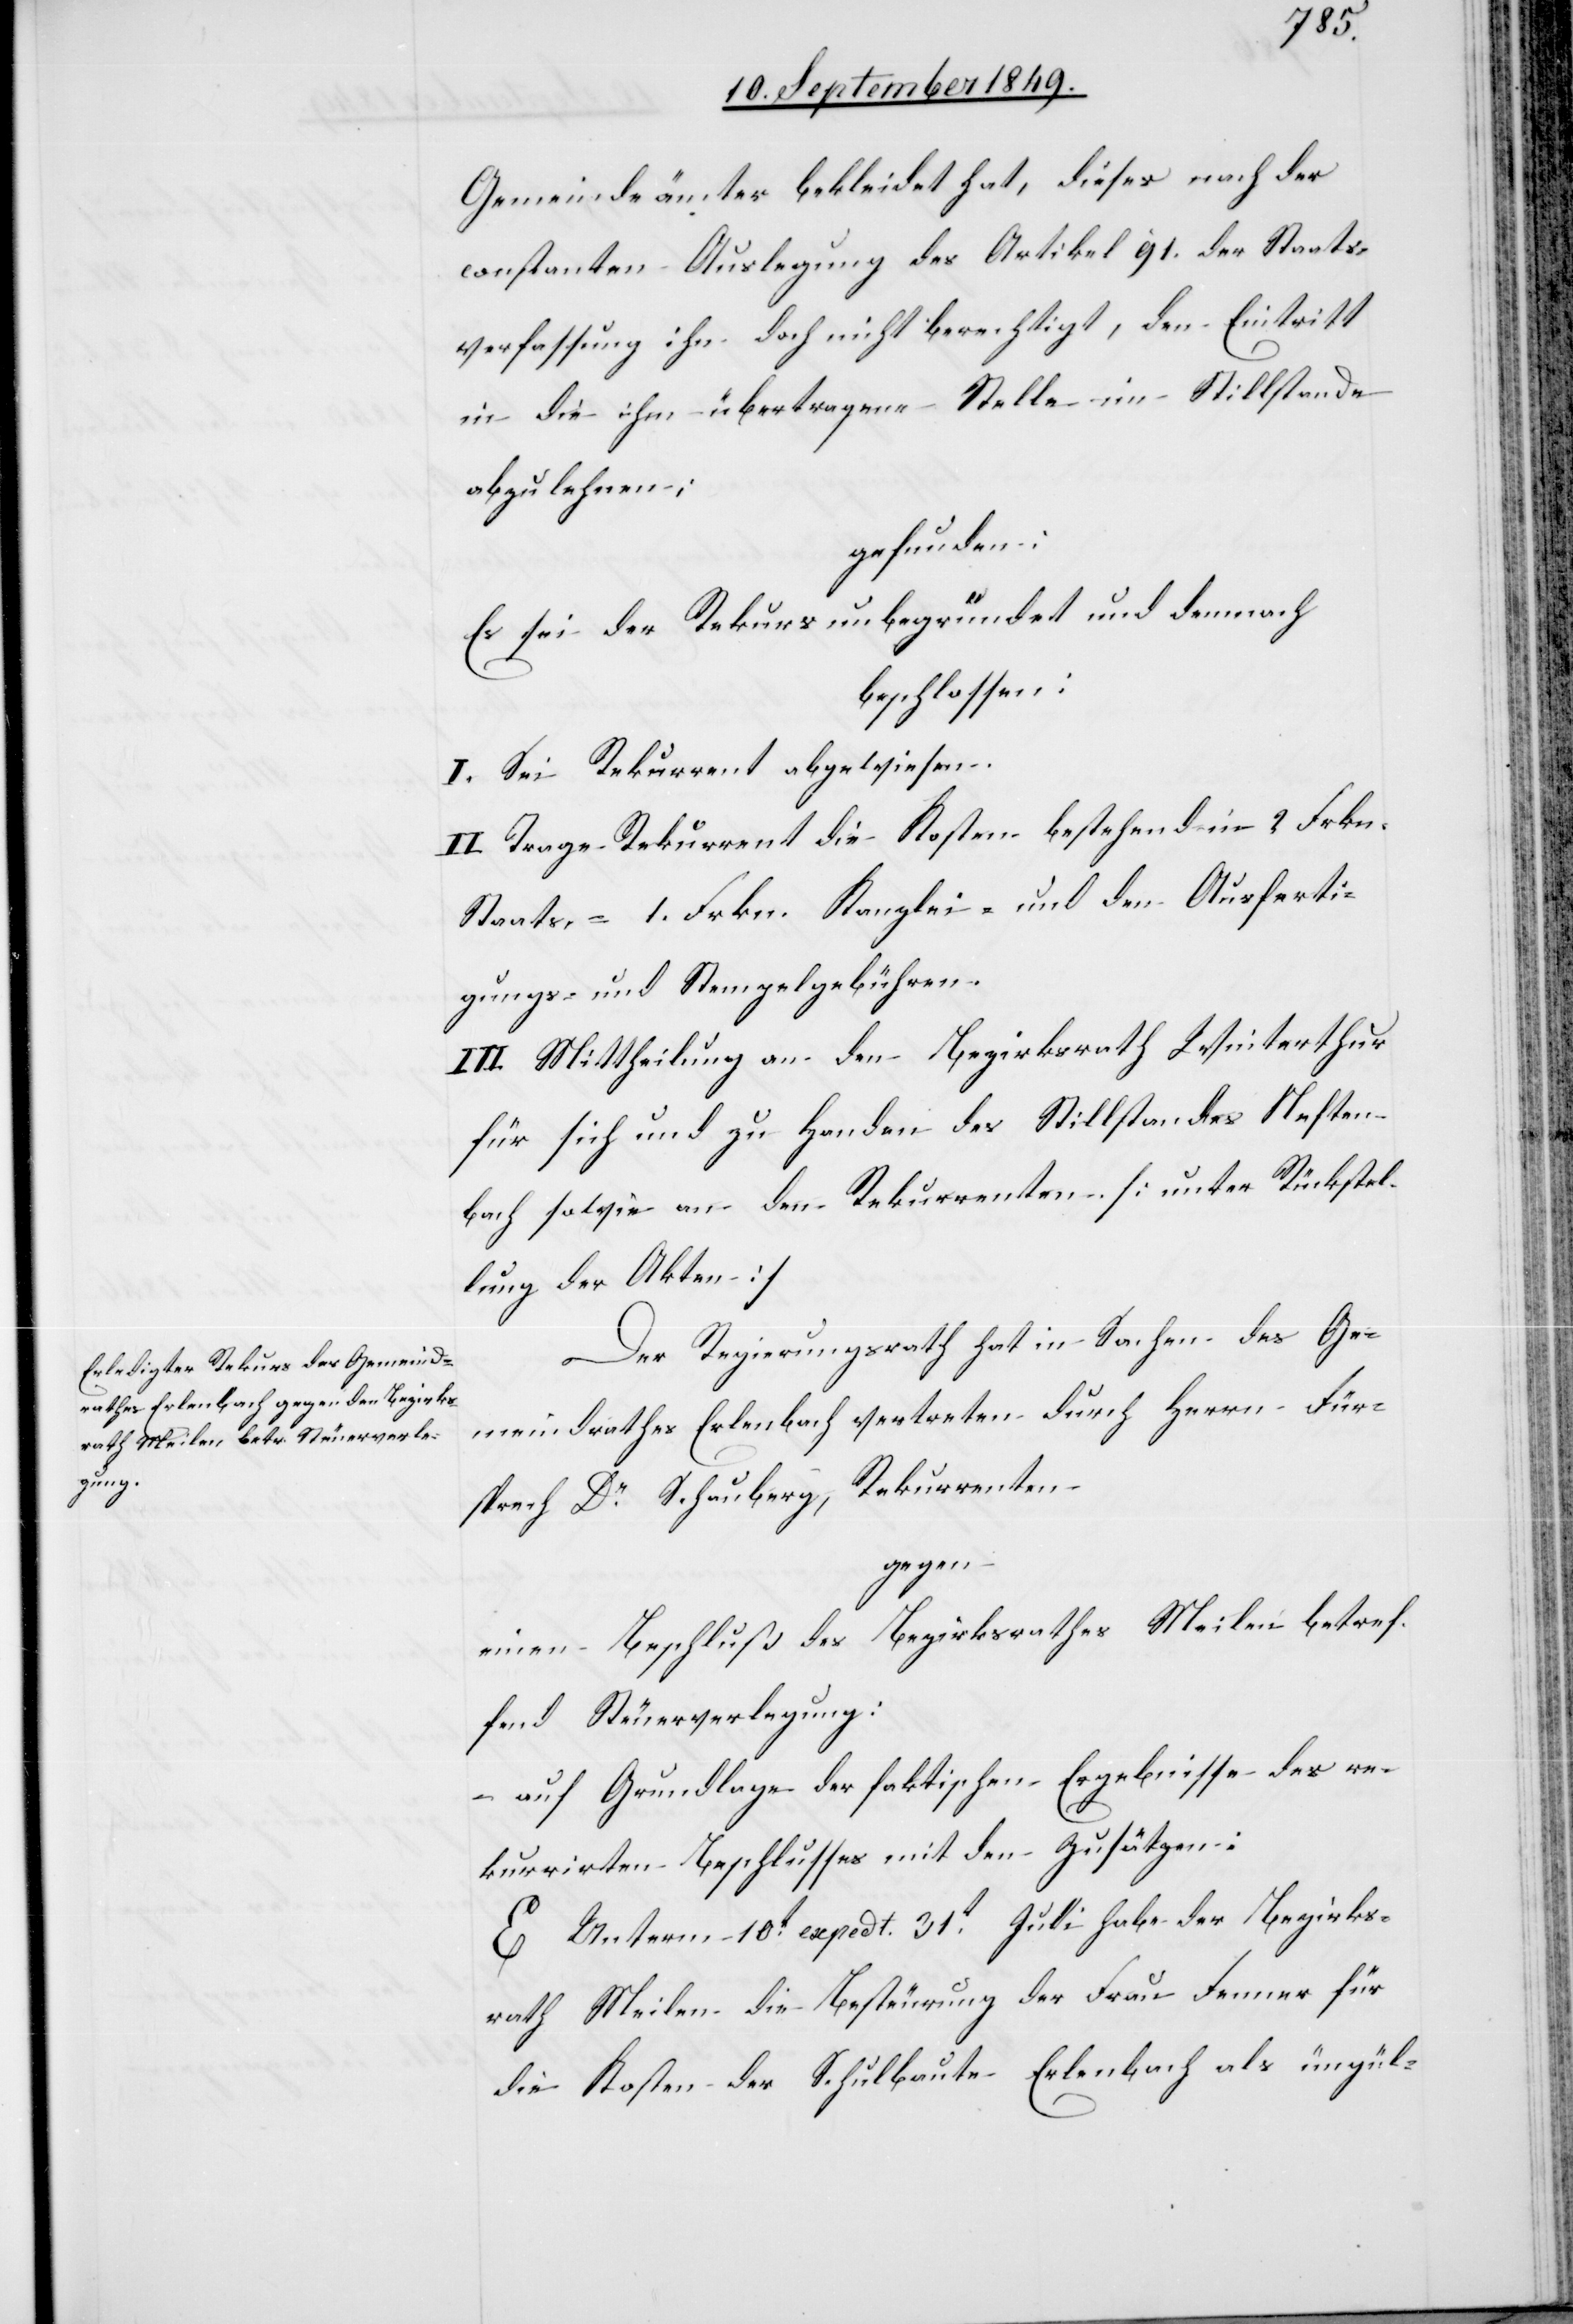
Gemeindeämter bekleidet hat, dieses nach der
constanten Auslegung des Artikel 91. der Staats¬
verfassung ihn doch nicht berechtigt, den Eintritt
in die ihm übertragene Stelle im Stillstande
abzulehnen;
gefunden:
Es sei der Rekurs unbegründet und demnach
beschlossen:
I. Sei Rekurrent abgewiesen.
II. Trage Rekurrent die Kosten bestehend in 2. Frkn.
Staats-[,] 1. Frkn. Kanzlei- und den Ausferti¬
gungs- und Stempelgebühren.
III. Mittheilung an den Bezirksrath Winterthur
für sich und zu Handen des Stillstandes Neften¬
bach sowie an den Rekurrenten. [unter Rückstel¬
lung der Akten]
Der Regierungsrath hat in Sachen des Ge¬
meindrathes Erlenbach vertreten durch Herrn Für¬
sprech Dr Schauberg, Rekurrenten
gegen
einen Beschluß des Bezirksrathes Meilen betref¬
fend Steuerverlegung:
– auf Grundlage der faktischen Ergebnisse des re¬
kurrirten Beschlusses mit den Zusätzen:
E. Unterm 10t expedt. 31t Juli habe der Bezirks¬
rath Meilen die Besteurung der Frau Fenner für
die Kosten der Schulbaute Erlenbach als ungül-